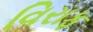
વિરાફ